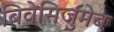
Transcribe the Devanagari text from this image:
बिवेसिजुमेब